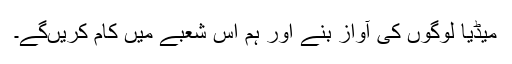
میڈیا لوگوں کی آواز بنے اور ہم اس شعبے میں کام کریں‌گے۔